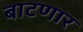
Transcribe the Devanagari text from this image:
बाटणार